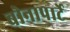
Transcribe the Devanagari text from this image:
बोनापार्टे